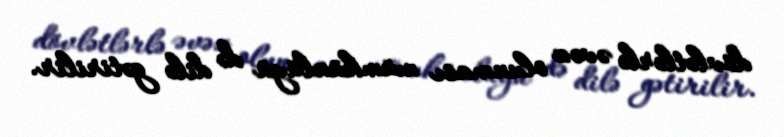
dövlətlərlə əvəz olunması mümkünlüyü də dilə gətirilir.